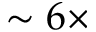
\sim 6 \times